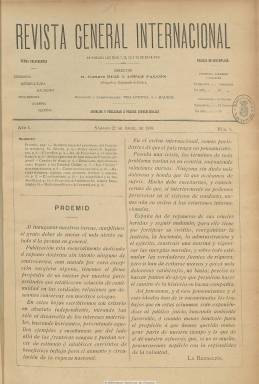
Título: Revista general internacional
Colección: Revistas de información general
Ámbito geográfico: Madrid
Lugar de publicación: Madrid
Fechas: 22/04/1899-07/01/1901

Publicación fundada y dirigida por el abogado Gustavo Ruiz de Grijalba y López Falcón, que desde 1884 venía siendo diputado a Cortes por el Partido Conservador, sucedería a su padre, como II marqués de Grijalba, sería más tarde senador y fallecería en 1929, sin sucesión. Comienza a publicarla el 22 abril de 1899,  siendo sus asuntos preferentes: “comercio, agricultura, hacienda, diplomacia, guerra, marina”, tal como se expresa en el subtítulo, señalando su artículo de presentación que España debía reponerse de “sus crueles heridas” , tras la crisis nacional producida por las pérdidas coloniales de Filipinas y Cuba.

Se dedicará esencialmente a exponer doctrina sobre las nuevas relaciones internacionales de España, dedicando especial atención a los asuntos militares, pero también a cuestiones políticas internas, ofreciendo al comienzo de cada entrega declaraciones (entrevistas) de influyentes personalidades, empezando con las del líder del Partido Conservador y presidente del Consejo de Ministros, Francisco Silvela, a las que le seguirán otras, como las del general Camilo García de Polavieja, como ministro de la Guerra.

En entregas de dieciséis páginas, compuestas a dos columnas, carentes de ilustraciones y con paginación continuada anual, la revista inserta breves artículos de variada temática sobre relaciones diplomáticas con Estados Unidos, la Conferencia de La Haya, el poder naval de las diferentes potencias, las huelgas de Bélgica o el impuesto sobre la renta y la inamovilidad de los funcionarios públicos.

Tiene secciones fijas, como “Noticias generales”, “Noticias militares del extranjero”, “Crónica internacional”, “Información agrícola”, “Mercados y valores” e “Impresiones”. La última plana está dedicada a anuncios comerciales. Aparece como su administrador Antonio García Meras.

Julio Domingo Bazán publica una serie bajo el título “Estudios sobre la guerra”, y aunque un buen número de sus textos carecen de firma, seguramente fueron escritos por su director, que firma otros, y publica otros bajo las firmas de Emilio Castelar, R. de la Puente, el Conde de Torre Vélez, José López Domingo, Federico de Madariaga o J. Williams (correspondencia de Londres).

Aparecerá los días 7, 15, 22 y 30 de cada mes, aunque el último número de la colección, correspondiente al siete de enero de 1901, lo hace tras haber estado un mes sin ser editada.